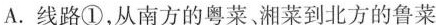
A.线路①，从南方的粤菜。湘菜到北方的鲁菜